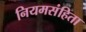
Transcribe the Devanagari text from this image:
नियमसंहिता